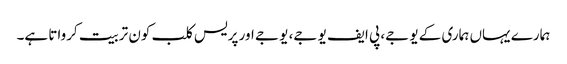
ہمارے یہاں ہماری کے یو جے، پی ایف یو جے، یو جے اور پریس کلب کون تربیت کرواتا ہے۔